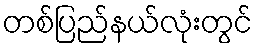
တစ်ပြည်နယ်လုံးတွင်